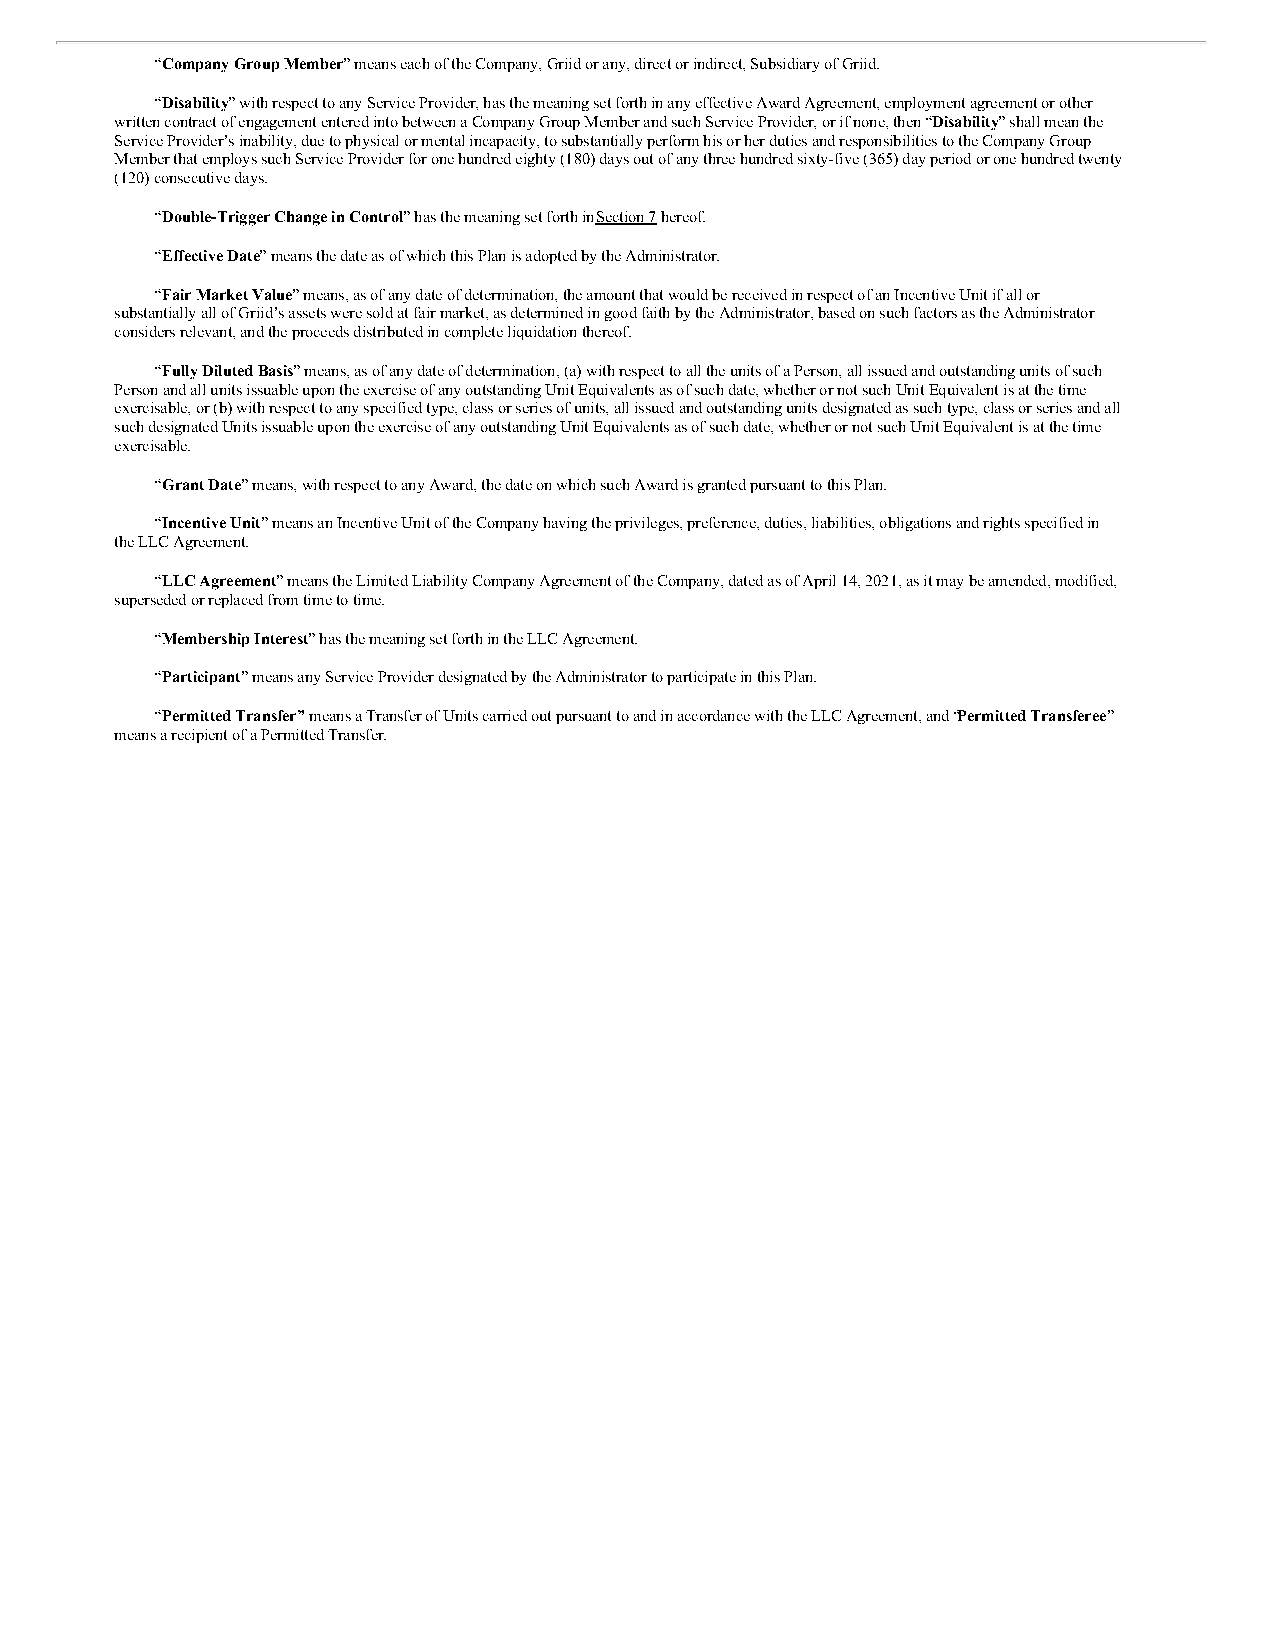
“Company Group Member” means each of the Company, Griid or any, direct or indirect, Subsidiary of Griid.
 “Disability” with respect to any Service Provider, has the meaning set forth in any effective Award Agreement, employment agreement or other
 written contract of engagement entered into between a Company Group Member and such Service Provider, or if none, then “Disability” shall mean the
 Service Provider’s inability, due to physical or mental incapacity, to substantially perform his or her duties and responsibilities to the Company Group
 Member that employs such Service Provider for one hundred eighty (180) days out of any three hundred sixty-five (365) day period or one hundred twenty
 (120) consecutive days.
 “Double-Trigger Change in Control” has the meaning set forth in Section 7 hereof.
 “Effective Date” means the date as of which this Plan is adopted by the Administrator.
 “Fair Market Value” means, as of any date of determination, the amount that would be received in respect of an Incentive Unit if all or
 substantially all of Griid’s assets were sold at fair market, as determined in good faith by the Administrator, based on such factors as the Administrator
 considers relevant, and the proceeds distributed in complete liquidation thereof.
 “Fully Diluted Basis” means, as of any date of determination, (a) with respect to all the units of a Person, all issued and outstanding units of such
 Person and all units issuable upon the exercise of any outstanding Unit Equivalents as of such date, whether or not such Unit Equivalent is at the time
 exercisable, or (b) with respect to any specified type, class or series of units, all issued and outstanding units designated as such type, class or series and all
 such designated Units issuable upon the exercise of any outstanding Unit Equivalents as of such date, whether or not such Unit Equivalent is at the time
 exercisable.
 “Grant Date” means, with respect to any Award, the date on which such Award is granted pursuant to this Plan.
 “Incentive Unit” means an Incentive Unit of the Company having the privileges, preference, duties, liabilities, obligations and rights specified in
 the LLC Agreement.
 “LLC Agreement” means the Limited Liability Company Agreement of the Company, dated as of April 14, 2021, as it may be amended, modified,
 superseded or replaced from time to time.
 “Membership Interest” has the meaning set forth in the LLC Agreement.
 “Participant” means any Service Provider designated by the Administrator to participate in this Plan.
 “Permitted Transfer” means a Transfer of Units carried out pursuant to and in accordance with the LLC Agreement, and “Permitted Transferee”
 means a recipient of a Permitted Transfer.